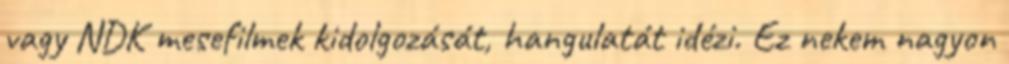
vagy NDK mesefilmek kidolgozását, hangulatát idézi. Ez nekem nagyon